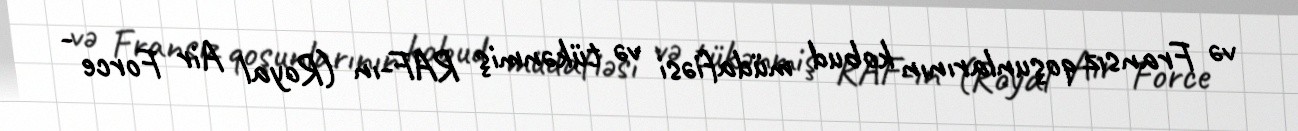
və Fransız qoşunlarının kobud müdafiəsi və tükənmiş RAF-ın (Royal Air Force -